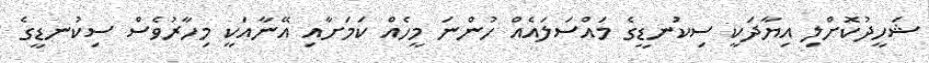
ޝަހީދުކޮށްލި އިޔާދަކީ ސިކުނޑީގެ މައްސަލައެއް ހުންނަ މީހެއް ކަމަށާއި އޭނާއަކީ މިހާރުވެސް ސިކުނޑީގެ